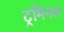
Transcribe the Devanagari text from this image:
ट्रमिनल